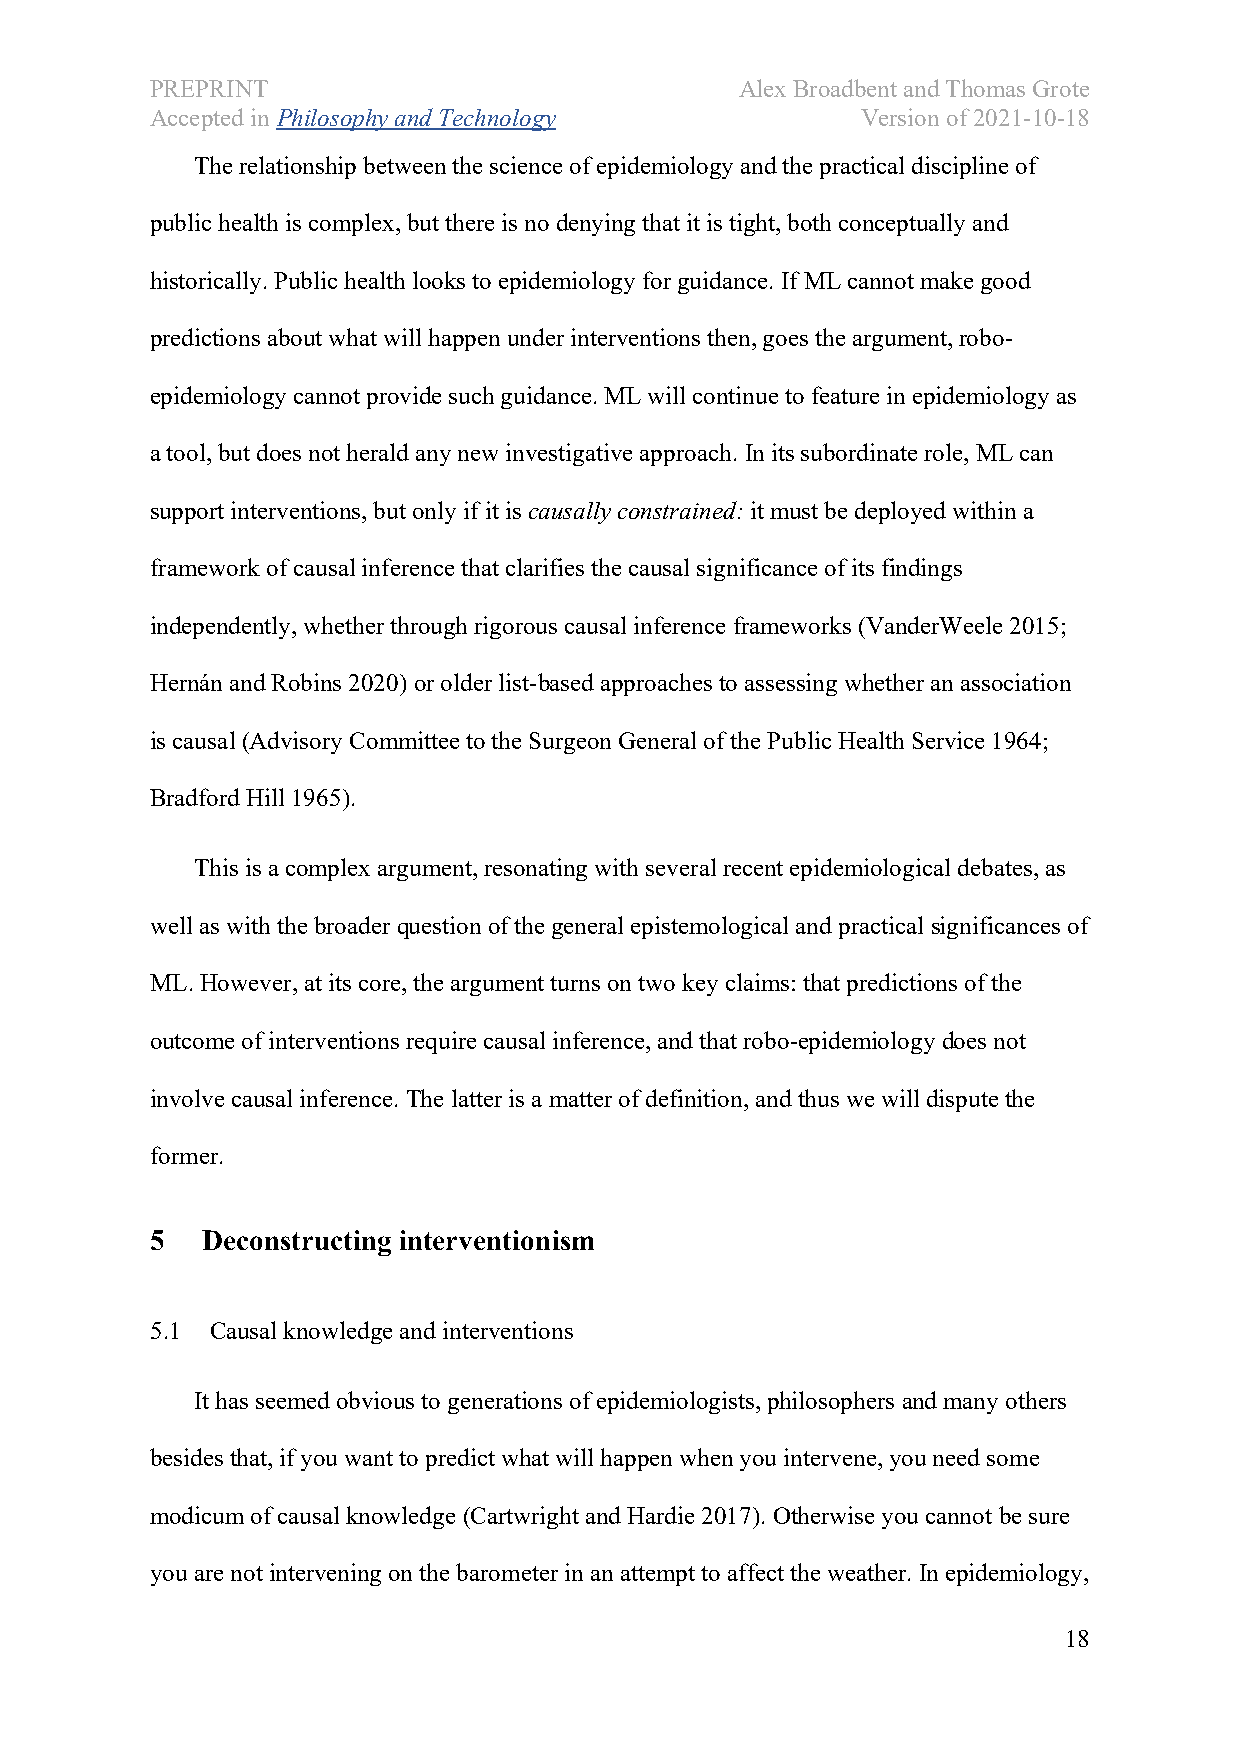
PREPRINT                               Alex Broadbent and Thomas Grote
 Accepted in Philosophy and Technology          Version of 2021-10-18
 The relationship between the science of epidemiology and the practical discipline of
 public health is complex, but there is no denying that it is tight, both conceptually and
 historically. Public health looks to epidemiology for guidance. If ML cannot make good
 predictions about what will happen under interventions then, goes the argument, robo-
 epidemiology cannot provide such guidance. ML will continue to feature in epidemiology as
 a tool, but does not herald any new investigative approach. In its subordinate role, ML can
 support interventions, but only if it is causally constrained: it must be deployed within a
 framework of causal inference that clarifies the causal significance of its findings
 independently, whether through rigorous causal inference frameworks (VanderWeele 2015;
 Hernán and Robins 2020) or older list-based approaches to assessing whether an association
 is causal (Advisory Committee to the Surgeon General of the Public Health Service 1964;
 Bradford Hill 1965).
 This is a complex argument, resonating with several recent epidemiological debates, as
 well as with the broader question of the general epistemological and practical significances of
 ML. However, at its core, the argument turns on two key claims: that predictions of the
 outcome of interventions require causal inference, and that robo-epidemiology does not
 involve causal inference. The latter is a matter of definition, and thus we will dispute the
 former.
 5  Deconstructing interventionism
 5.1 Causal knowledge and interventions
 It has seemed obvious to generations of epidemiologists, philosophers and many others
 besides that, if you want to predict what will happen when you intervene, you need some
 modicum of causal knowledge (Cartwright and Hardie 2017). Otherwise you cannot be sure
 you are not intervening on the barometer in an attempt to affect the weather. In epidemiology,
 18